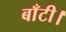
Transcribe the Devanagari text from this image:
बाँटी।